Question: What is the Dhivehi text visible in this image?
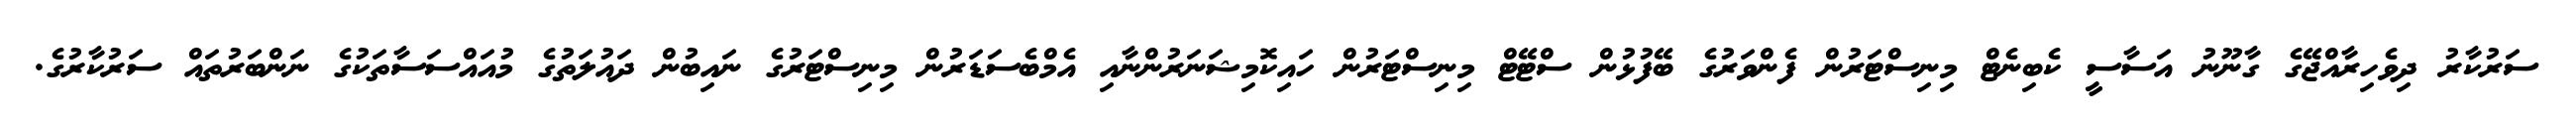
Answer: ސަރުކާރު ދިވެހިރާއްޖޭގެ ގާނޫނު އަސާސީ ކެބިނެޓް މިނިސްޓަރުން ފެންވަރުގެ ބޭފުޅުން ސްޓޭޓް މިނިސްޓަރުން ހައިކޮމިޝަނަރުންނާއި އެމްބެސަޑަރުން މިނިސްޓަރުގެ ނައިބުން ދައުލަތުގެ މުއައްސަސާތަކުގެ ނަންބަރުތައް ސަރުކާރުގެ.